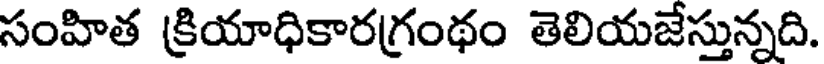
సంహిత క్రియాధికారగ్రంథం తెలియజేస్తున్నది.